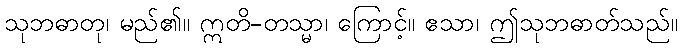
သုဘဓာတု၊ မည်၏။ ဣတိ-တသ္မာ၊ ကြောင့်။ ဧသာ၊ ဤသုဘဓာတ်သည်။